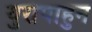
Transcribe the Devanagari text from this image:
युरोपाहुन